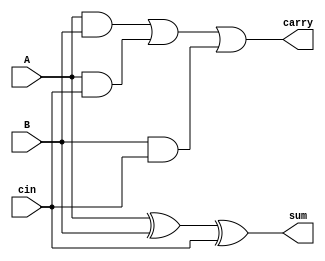
module full_adder_d (input A, B, cin,
                     output sum, carry);
  assign sum = A ^ B ^ cin;
  assign carry = (A & B) | (A & cin) | (B & cin);

endmodule